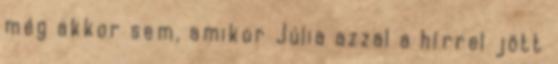
még akkor sem, amikor Júlia azzal a hírrel jött